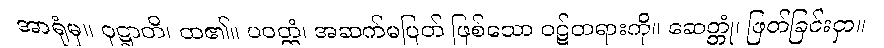
အာရုံမှ။ ဝုဋ္ဌာတိ၊ ထ၏။ ပဝတ္တံ၊ အဆက်မပြတ် ဖြစ်သော ဝဋ်တရားကို။ ဆေတ္တုံ၊ ဖြတ်ခြင်းငှာ။